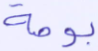
بوصة